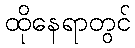
ထိုနေရာတွင်